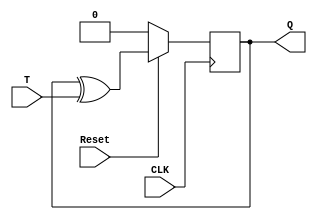
// Implementation of a T Flip-Flop using Behavioral Modeling

`timescale 1ns / 1ps


module T_flip_flop(input CLK, input Reset, input T, output reg Q);

always @(negedge CLK)
    if(!Reset)
        Q <= 1'b0;
    else 
        Q <= Q ^ T;
   
endmodule